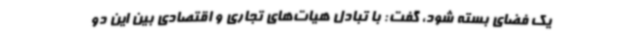
یک فضای بسته شود، گفت: با تبادل هیات‌های تجاری و اقتصادی بین این دو